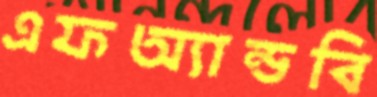
এফঅ্যান্ডবি